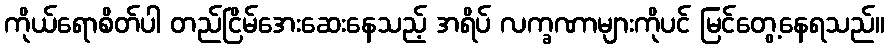
ကိုယ်ရောစိတ်ပါ တည်ငြိမ်အေးဆေးနေသည့် အရိပ် လက္ခဏာများကိုပင် မြင်တွေ့နေရသည်။